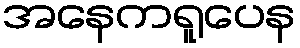
အနေကရူပေန